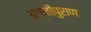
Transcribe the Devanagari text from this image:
अग्नीपुराण